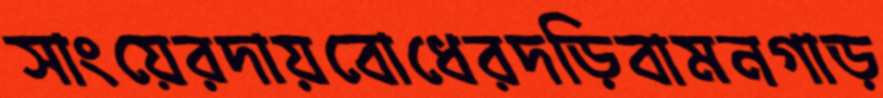
সাংয়েরদায়বোধেরদড়িবামনগাড়